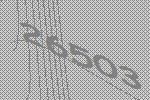
26503